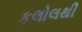
કલોલથી